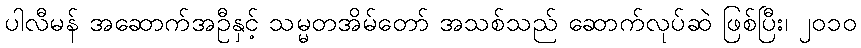
ပါလီမန် အဆောက်အဦနှင့် သမ္မတအိမ်တော် အသစ်သည် ဆောက်လုပ်ဆဲ ဖြစ်ပြီး၊ ၂၀၁၀